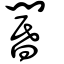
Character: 閽